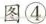
图④